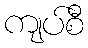
ကျပ်စီ